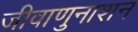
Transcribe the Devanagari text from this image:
जीवाणुनाशन